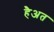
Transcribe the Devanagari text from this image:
हैअत